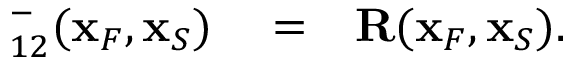
\begin{array} { r l r } { { \bf \Gamma } _ { 1 2 } ^ { - } ( { \bf x } _ { F } , { \bf x } _ { S } ) } & { { } = } & { { \bf R } ( { \bf x } _ { F } , { \bf x } _ { S } ) . } \end{array}